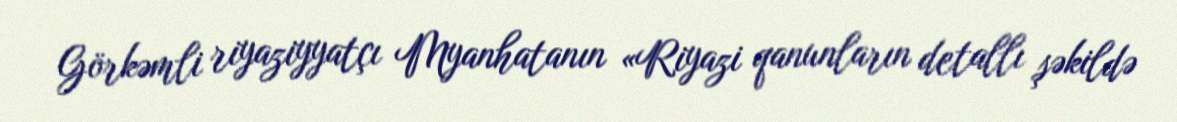
Görkəmli riyaziyyatçı Myanhatanın «Riyazi qanunların detallı şəkildə